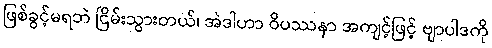
ဖြစ်ခွင့်မရဘဲ ငြိမ်းသွားတယ်၊ အဲဒါဟာ ဝိပဿနာ အကျင့်ဖြင့် ဗျာပါဒကို